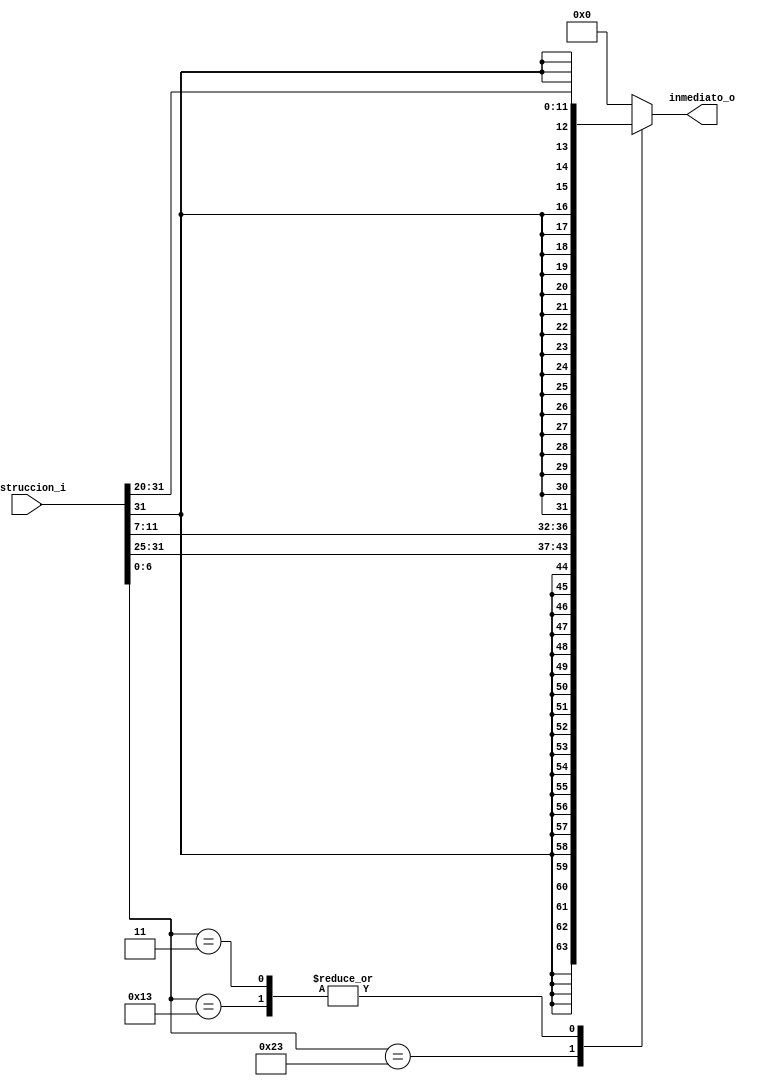
/*
	Grupo:5CV3
	Proyecto:    monociclo_FPGA
	Archivo:extensiondesigno.v
	Equipo:Equipo 3
	Integrantes:Abraham Roman Ramrez
					Andrade Jimnez Jonathan 
					Brenda Vergara Martnez
					Kaleb Yael De La Rosa Gutirrez
					Osmar Alejandro Garcia Jimnez
	Descripcion:Este archivo decide si la instruccion es de tipo inmediato
						
*/

module extensiondesigno  #(
	parameter      IMM = 20
) 
(
	input			[31:0] instruccion_i, 
	output   reg[31:0] inmediato_o


);

	wire  		[6:0]  opcode_w;
	assign		       opcode_w = instruccion_i[6:0];
	
	always @(*)
	begin
		case(opcode_w)
		7'b0010011:       //Tipo I
						inmediato_o = {{IMM{instruccion_i[31]}},instruccion_i[31:20]};
		7'b0100011:       //Tipo S
						inmediato_o = {{IMM{instruccion_i[31]}},instruccion_i[31:25],instruccion_i[11:7]};
		7'b0000011:       //Tipo Load
						inmediato_o = {{IMM{instruccion_i[31]}},instruccion_i[31:20]};
			default: 
						inmediato_o = 32'b0;              
		endcase
	end
endmodule